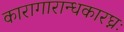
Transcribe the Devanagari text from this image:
कारागारान्धकारघ्नः